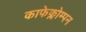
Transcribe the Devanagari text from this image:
काफेक्लोम्पन